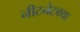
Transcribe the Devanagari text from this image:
नीटनेटक्या